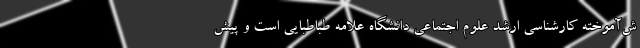
ش‌آموخته کارشناسی ارشد علوم اجتماعی دانشگاه علامه طباطبایی است و پیش